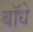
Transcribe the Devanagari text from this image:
बॉधे